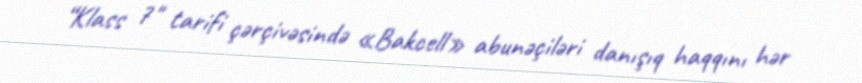
“Klass 7" tarifi çərçivəsində «Bakcell» abunəçiləri danışıq haqqını hər